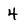
Character: 4